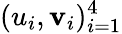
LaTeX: (u_{i},\mathbf{v}_{i})_{i=1}^{4}